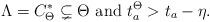
LaTeX: \begin{align*} \Lambda=C^*_{\Theta}\subsetneq \Theta~\textrm{and}~t_a^{\Theta}>t_a-\eta.\end{align*}